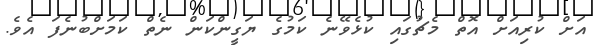
އަށް ކުރިއަށް އޮތް މެޗުގައި ކުޅެވޭނެ ކަމުގެ ޔަގީންކަން ނެތް ކަމަށްބުނެފަ އެވެ.